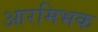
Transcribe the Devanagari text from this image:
आरमिभक